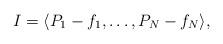
LaTeX: \begin{align*}I=\langle P_1-f_1,\ldots, P_N-f_N\rangle,\end{align*}